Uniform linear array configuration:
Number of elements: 16
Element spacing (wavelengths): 0.25
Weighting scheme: binomial
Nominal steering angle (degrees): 30
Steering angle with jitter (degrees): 30.898
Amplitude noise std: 0.05
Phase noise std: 0.05

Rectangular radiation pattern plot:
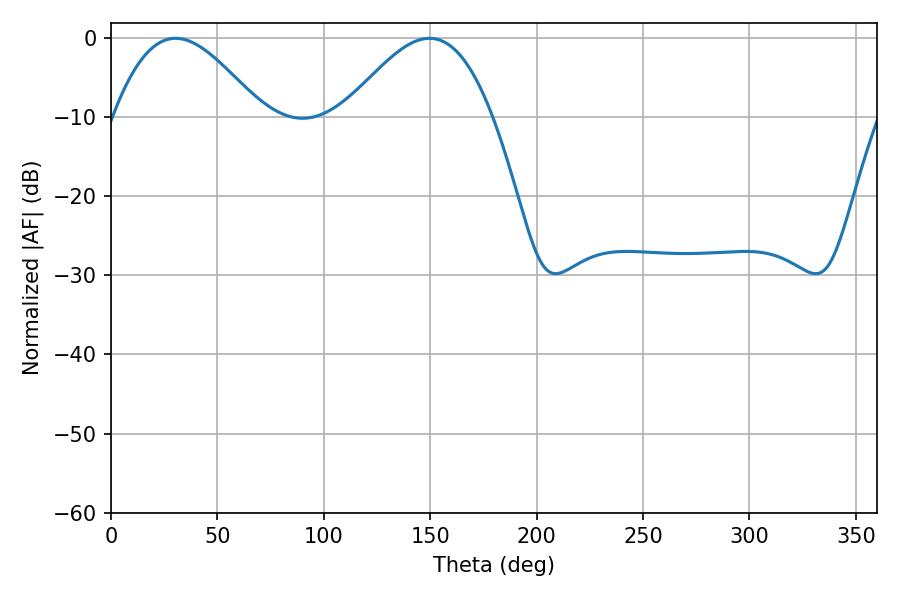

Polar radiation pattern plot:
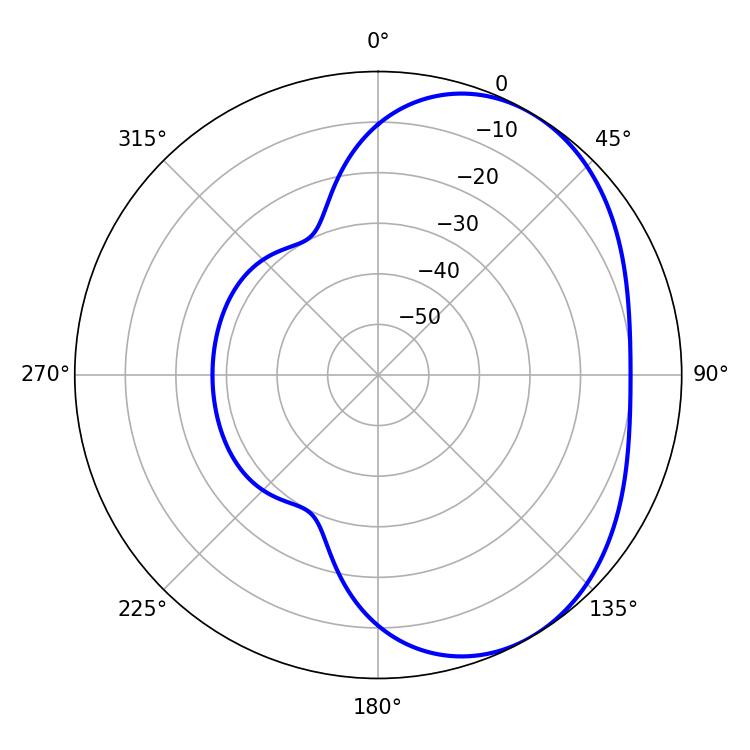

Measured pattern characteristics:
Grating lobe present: FALSE
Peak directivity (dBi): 3.907
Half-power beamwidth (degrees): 37.44
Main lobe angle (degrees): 30.42